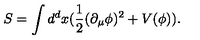
S = \int d ^ { d } x ( \frac { 1 } { 2 } ( \partial _ { \mu } \phi ) ^ { 2 } + V ( \phi ) ) .